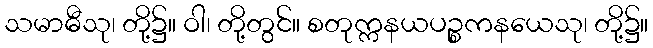
သမာဓီသု၊ တို့၌။ ဝါ၊ တို့တွင်။ စတုက္ကနယပဉ္စကနယေသု၊ တို့၌။